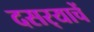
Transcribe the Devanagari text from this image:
दसर्‍याचें